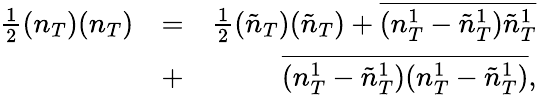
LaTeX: \begin{array}{rlr}{\frac{1}{2}(n_{T})(n_{T})}&{=}&{\frac{1}{2}(\tilde{n}_{T})(\tilde{n}_{T})+\overline{{(n_{T}^{1}-\tilde{n}_{T}^{1})\tilde{n}_{T}^{1}}}}\\ &{+}&{\overline{{(n_{T}^{1}-\tilde{n}_{T}^{1})(n_{T}^{1}-\tilde{n}_{T}^{1})}},}\end{array}